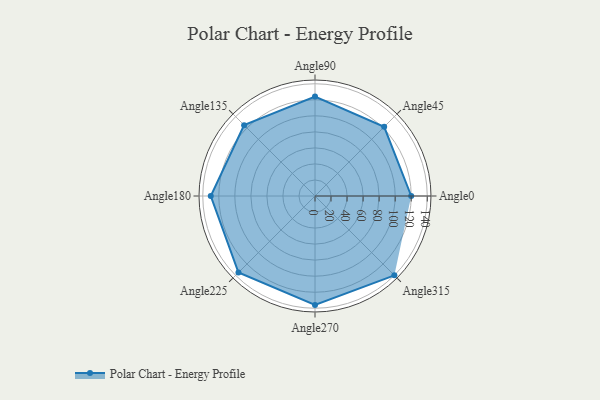
{"axis": {"x": "Angle", "y": "Radius"}, "legend": [""], "data": [{"x": "Angle0", "y": 120.0, "type": ""}, {"x": "Angle45", "y": 122.0, "type": ""}, {"x": "Angle90", "y": 124.0, "type": ""}, {"x": "Angle135", "y": 125.0, "type": ""}, {"x": "Angle180", "y": 130.0, "type": ""}, {"x": "Angle225", "y": 135.0, "type": ""}, {"x": "Angle270", "y": 136.0, "type": ""}, {"x": "Angle315", "y": 140.0, "type": ""}]}